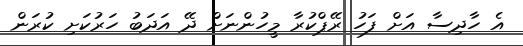
އެ ހާދިސާ އަށް ފަހު ރޭޕްކުރާ މީހުންނަށް ދޭ އަދަބު ހަރުކަށި ކުރަން